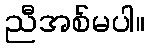
ညီအစ်မပါ။